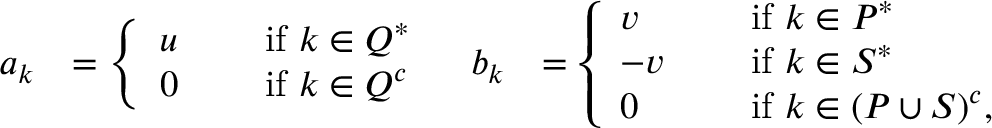
\begin{array} { r l r l } { a _ { k } } & { = \left\{ \begin{array} { l l } { u \quad } & { \mathrm { ~ i f ~ } k \in Q ^ { * } } \\ { 0 \quad } & { \mathrm { ~ i f ~ } k \in Q ^ { c } } \end{array} \right. } & { b _ { k } } & { = \left\{ \begin{array} { l l } { v \quad } & { \mathrm { ~ i f ~ } k \in P ^ { * } } \\ { - v \quad } & { \mathrm { ~ i f ~ } k \in S ^ { * } } \\ { 0 \quad } & { \mathrm { ~ i f ~ } k \in ( P \cup S ) ^ { c } , } \end{array} \right. } \end{array}